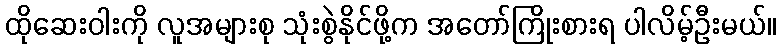
ထိုဆေးဝါးကို လူအများစု သုံးစွဲနိုင်ဖို့က အတော်ကြိုးစားရ ပါလိမ့်ဦးမယ်။